Rules regarding the measures to be adopted on the outbreak of cholera or appearance of small-pox
Disease focus: Cholera
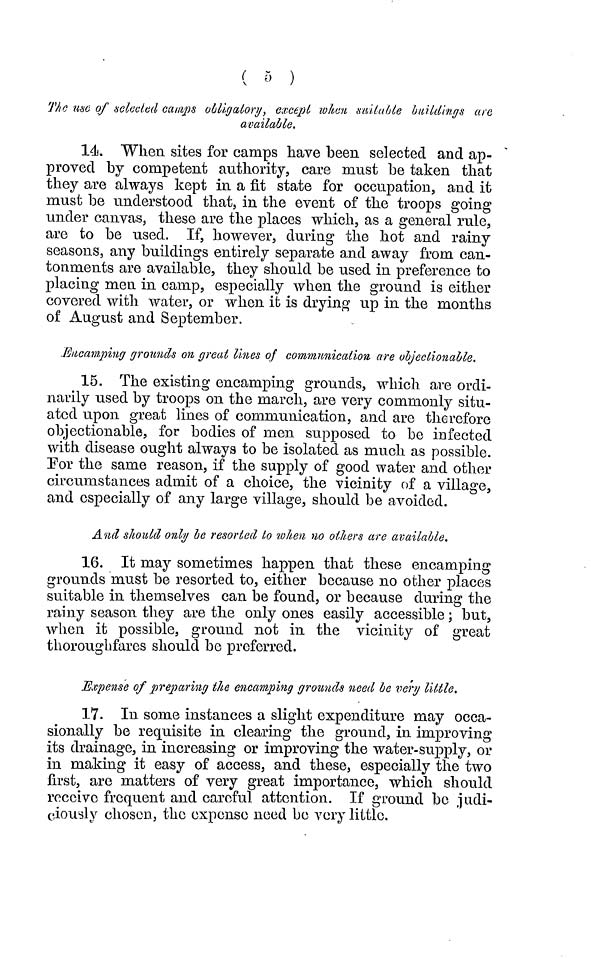
( 5 )
The use of selected camps obligatory, except when suitable buildings are
available.
14. When sites for camps have been selected and ap-
proved by competent authority, care must be taken that
they are always kept in a fit state for occupation, and it
must be understood that, in the event of the troops going
under canvas, these are the places which, as a general rule,
are to be used. If, however, during the hot and rainy
seasons, any buildings entirely separate and away from can-
tonments are available, they should be used in preference to
placing men in camp, especially when the ground is either
covered with water, or when it is drying up in the months
of August and September.
Encamping grounds on great lines of communication are objectionable.
15. The existing encamping grounds, which are ordi-
narily used by troops on the mardi, are very commonly situ-
ated upon great lines of communication, and are therefore
objectionable, for bodies of men supposed to be infected
with disease ought always to be isolated as much as possible.
For the same reason, if the supply of good water and other
circumstances admit of a choice, the vicinity of a village,
and especially of any large village, should be avoided.
And should only be resorted to when no others are available.
16. It may sometimes happen that these encamping
grounds must be resorted to, either because no other places
suitable in themselves can be found, or because during the
rainy season they are the only ones easily accessible ; but,
when it possible, ground not in the vicinity of great
thoroughfares should be preferred.
Expense of preparing the encamping grounds need be very little.
17. In some instances a slight expenditure may occa-
sionally be requisite in clearing the ground, in improving
its drainage, in increasing or improving the water-supply, or
in making it easy of access, and these, especially the two
first, arc matters of very great importance, which should
receive frequent and careful attention. If ground be judi-
ciously chosen, the expense need be very little.